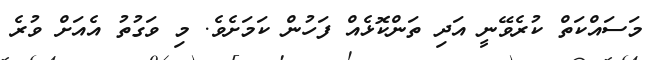
މަސައްކަތް ކުރެވޭނީ އަދި ތަންކޮޅެއް ފަހުން ކަމަށެވެ. މި ވަގުތު އެއަށް ވުރެ